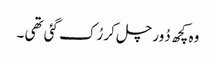
وہ کچھ دُور چل کر رُک گئی تھی ۔